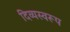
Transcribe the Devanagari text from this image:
दिव्यस्वरूप